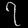
Digit: ၇